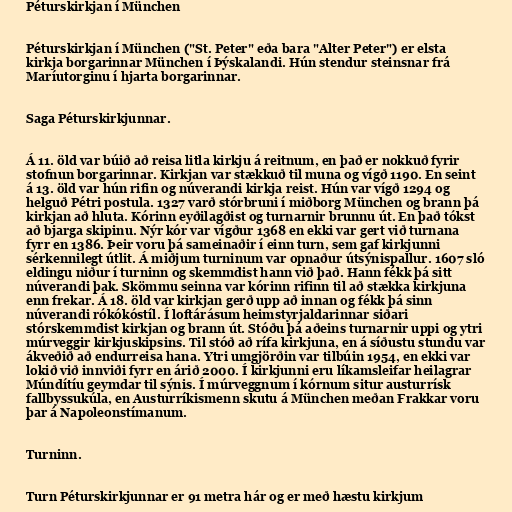
Péturskirkjan í München

Péturskirkjan í München ("St. Peter" eða bara "Alter Peter") er elsta
kirkja borgarinnar München í Þýskalandi. Hún stendur steinsnar frá
Maríutorginu í hjarta borgarinnar.

Saga Péturskirkjunnar.

Á 11. öld var búið að reisa litla kirkju á reitnum, en það er nokkuð fyrir
stofnun borgarinnar. Kirkjan var stækkuð til muna og vígð 1190. En seint
á 13. öld var hún rifin og núverandi kirkja reist. Hún var vígð 1294 og
helguð Pétri postula. 1327 varð stórbruni í miðborg München og brann þá
kirkjan að hluta. Kórinn eyðilagðist og turnarnir brunnu út. En það tókst
að bjarga skipinu. Nýr kór var vígður 1368 en ekki var gert við turnana
fyrr en 1386. Þeir voru þá sameinaðir í einn turn, sem gaf kirkjunni
sérkennilegt útlit. Á miðjum turninum var opnaður útsýnispallur. 1607 sló
eldingu niður í turninn og skemmdist hann við það. Hann fékk þá sitt
núverandi þak. Skömmu seinna var kórinn rifinn til að stækka kirkjuna
enn frekar. Á 18. öld var kirkjan gerð upp að innan og fékk þá sinn
núverandi rókókóstíl. Í loftárásum heimstyrjaldarinnar siðari
stórskemmdist kirkjan og brann út. Stóðu þá aðeins turnarnir uppi og ytri
múrveggir kirkjuskipsins. Til stóð að rífa kirkjuna, en á síðustu stundu var
ákveðið að endurreisa hana. Ytri umgjörðin var tilbúin 1954, en ekki var
lokið við innviði fyrr en árið 2000. Í kirkjunni eru líkamsleifar heilagrar
Múndítíu geymdar til sýnis. Í múrveggnum í kórnum situr austurrísk
fallbyssukúla, en Austurríkismenn skutu á München meðan Frakkar voru
þar á Napoleonstímanum.

Turninn.

Turn Péturskirkjunnar er 91 metra hár og er með hæstu kirkjum